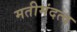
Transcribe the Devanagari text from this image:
मतीमंदत्व